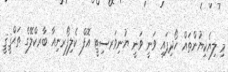
މި ލިޔެކިޔުންތައް ހޯދިފައި ވަނީ ވަނީ ޔުނިވަރސިޓީ އޮފް ކެލިފޯރނިއާ ބާރކްލޭގެ ތަޙްޤީޤީ